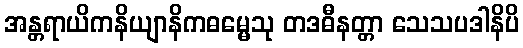
အန္တရာယိကနိယျာနိကဓမ္မေသု တဒဓီနတ္တာ သေသပဒါနိပိ